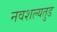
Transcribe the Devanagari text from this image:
नवशल्यतुड